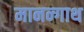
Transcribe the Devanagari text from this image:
मानन्गाथ